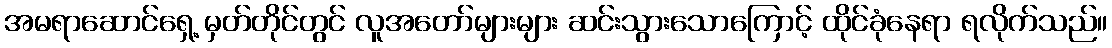
အမရာဆောင်ရှေ့ မှတ်တိုင်တွင် လူအတော်များများ ဆင်းသွားသောကြောင့် ထိုင်ခုံနေရာ ရလိုက်သည်။